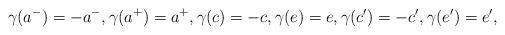
LaTeX: \begin{align*}\gamma(a^{-})=-a^{-},\gamma(a^{+})=a^{+},\gamma(c)=-c,\gamma(e)=e,\gamma(c')=-c',\gamma(e')=e',\end{align*}